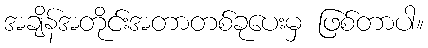
အချိန်အတိုင်းအတာတစ်ခုပေးမှ ဖြစ်တာပါ။